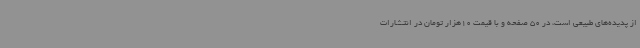
از پدیده‌های طبیعی است، در 50 صفحه و با قیمت 10هزار تومان در انتشارات